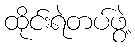
ထိုင်းရဲတပ်ဖွဲ့